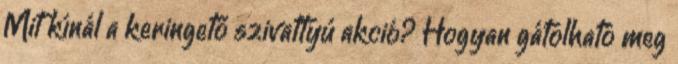
Mit kínál a keringető szivattyú akció? Hogyan gátolható meg